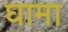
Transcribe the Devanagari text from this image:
घामा